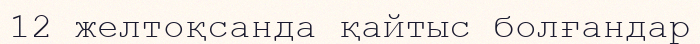
12 желтоқсанда қайтыс болғандар